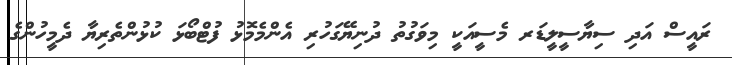
ރައީސް އަދި ސިޔާސީލީޑަރ މެސީއަކީ މިވަގުތު ދުނިޔޭގަހުރި އެންމެމޮޅު ފުޓްބޯޅަ ކުޅުންތެރިޔާ ދެމީހުންގެ